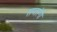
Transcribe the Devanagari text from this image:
सप्‍तरंगी